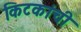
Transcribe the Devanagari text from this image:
किटकांची